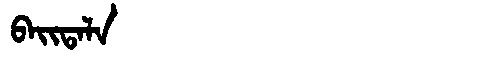
Manchu: ᠪᠠᡳᡨᠠᠯᠠ
Romanization: BAITALA